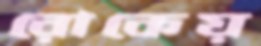
রোকেয়